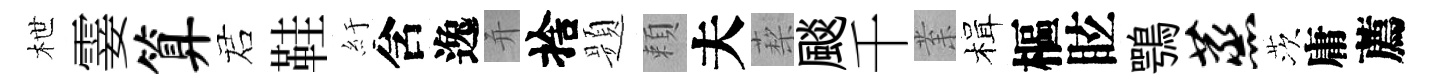
枻霎算诺鞋紆含逸并捨题頼夫蔾颷千𭪙楫樞眩鶚蒸茨庸薦